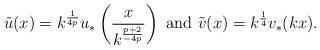
LaTeX: \begin{align*}\displaystyle \tilde{u}(x)=k^{\frac 1{4p}}u_*\left(\frac x{k^{\frac{p+2}{-4p}}}\right) \textrm{ and } \displaystyle \tilde{v}(x)=k^{\frac 14}v_*(kx).\end{align*}